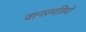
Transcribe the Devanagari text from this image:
वानस्पतियों